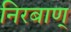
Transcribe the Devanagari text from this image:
निरबाण्